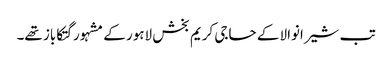
تب شیرانوالا کے حاجی کریم بخش لاہور کے مشہور گتکاباز تھے۔